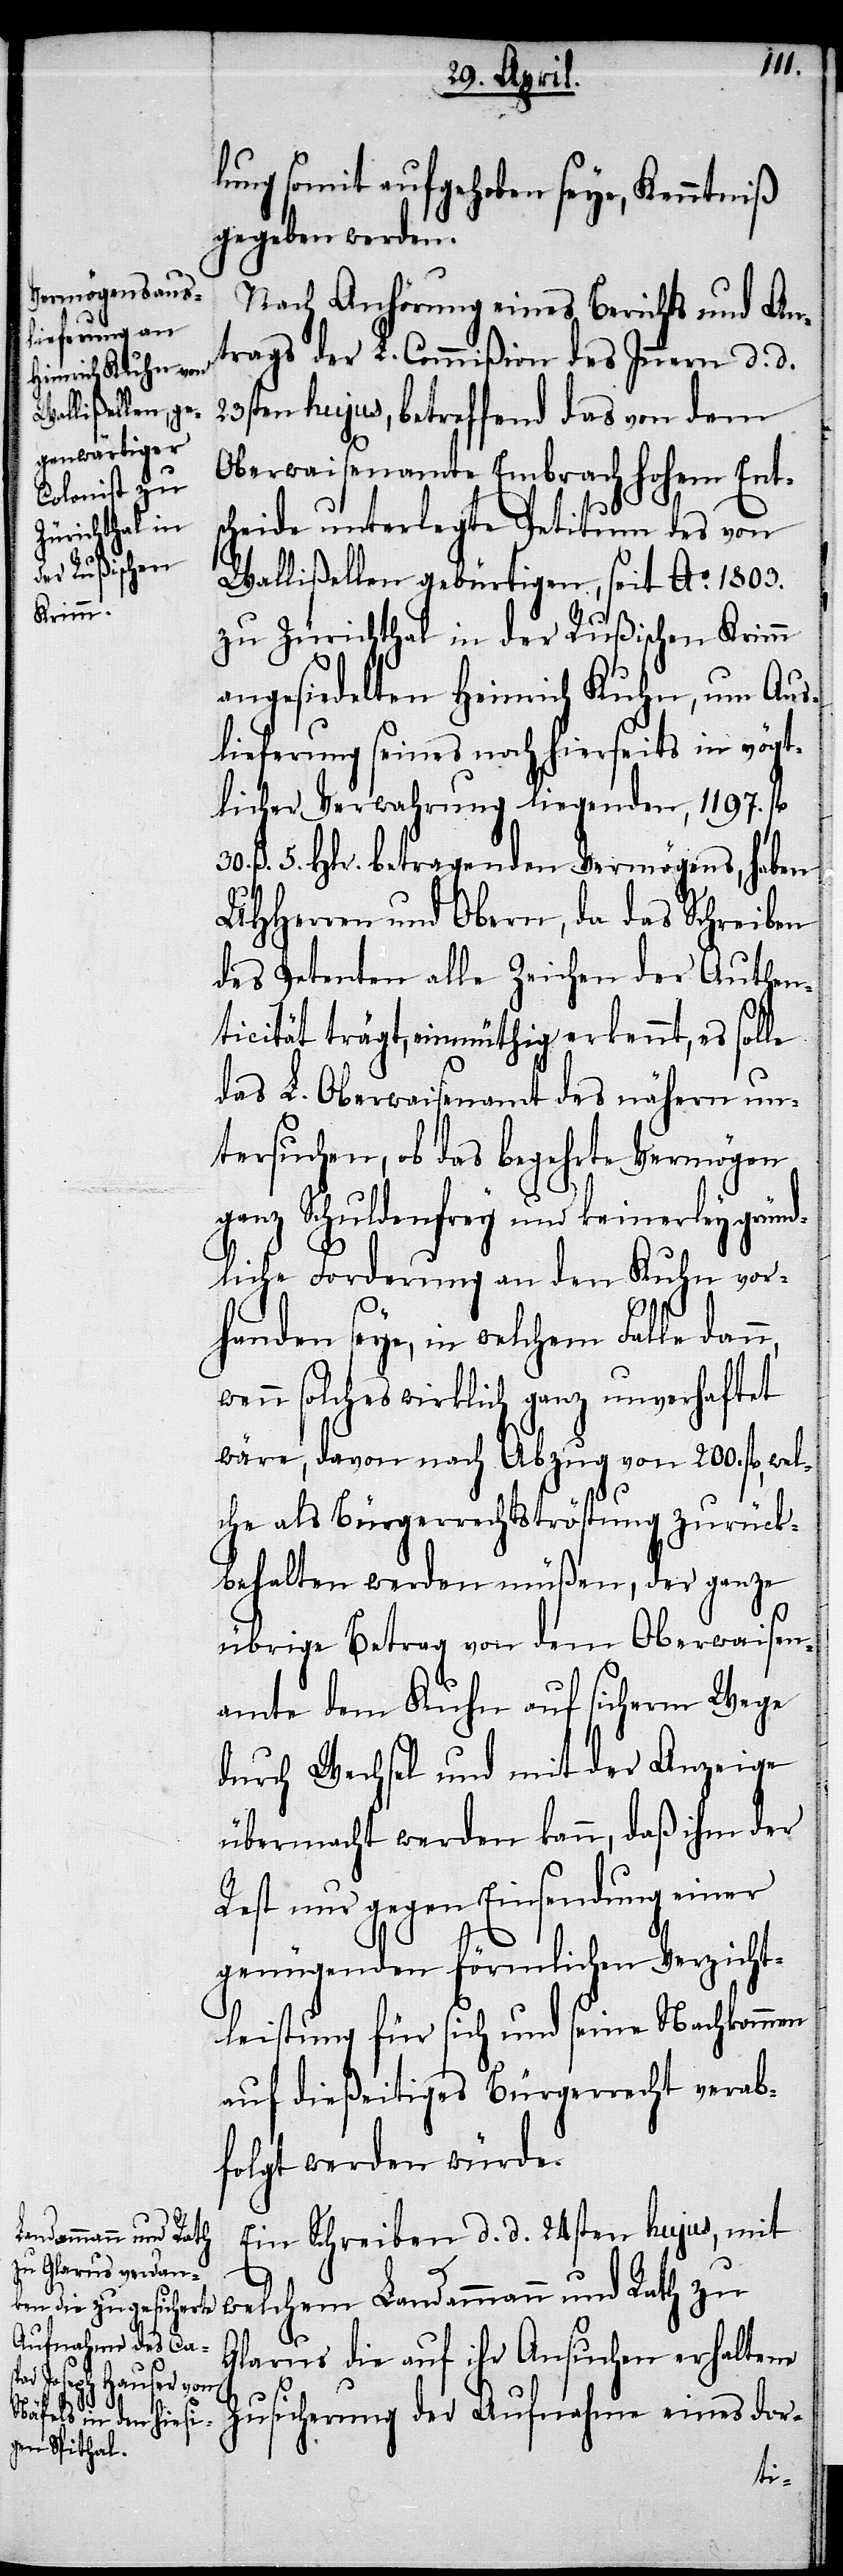
lung somit aufgehoben seye, Kenntniß
gegeben werden.
Nach Anhörung eines Berichts und An¬
trag der L. Commißion des Innern d. d.
23sten hujus, betreffend das von dem
Oberwaisenamte Embrach hohem Ents¬
cheide unterlegte Petitum des von
Wallisellen gebürtigen, seit Ao. 1803.
zu Zürichthal in der Rußischen Krimm
angesiedelten Heinrich Kuhn, um Aus¬
lieferung seines noch hierseits in vögt¬
licher Verwahrung liegenden Vermögens,
UHHerren und Obern, da das Schreiben
des Petenten alle Zeichen der Authen¬
ticität trägt, einmüthig erkennt, es solle
das L. Oberwaisenamt des nähern un¬
tersuchen, ob das begehrte Vermögen
ganz Schuldenfrey und keinerley grün¬
dliche Forderung an den Kuhn vor¬
handen seye, in welchem Falle dan¬
wenn solches wirklich ganz unverhaftet
wäre, davon nach Abzug von 200. fl., wel¬
che als Bürgerrechtströstung zurück¬
behalten werden müßen, der ganze
übrige Betrag von dem Oberwaisen¬
amte dem Kuhn auf sicherm Wege
durch Wechsel und mit der Anzeige
übermacht werden kann, daß ihm der
Rest nur gegen Einsendung einer
genügenden förmlichen Verzicht¬
leistung für sich und seine Nachkommen
auf dießeitiges Bürgerrecht verab¬
folgt werden würde.
Ein Schreiben d. d. 24sten hujus, mit
welchem Landammann und Rath zu
n,
Glarus die auf ihr Ansuchen erhaltene
Zusicherung der Aufnahme eines dor-